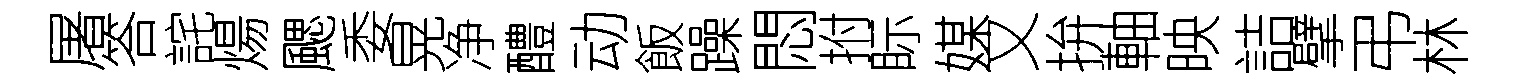
屠答詫煬颸委晃净醴动飯躁悶拊眎媒又拚軸映詰擘弔林